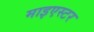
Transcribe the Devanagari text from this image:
माइएस्टर